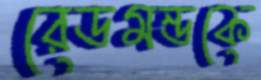
রেডমন্ডকে